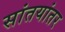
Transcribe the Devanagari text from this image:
सांतयांतर